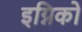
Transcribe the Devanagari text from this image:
इग्निको